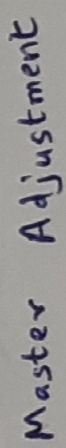
Text: Master adjustment